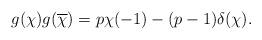
LaTeX: \begin{align*}g(\chi)g(\overline{\chi})=p\chi(-1)-(p-1)\delta(\chi).\end{align*}